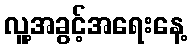
လူ့အခွင့်အရေးနေ့